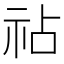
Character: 𫀅